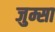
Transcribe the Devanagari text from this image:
जुम्सा